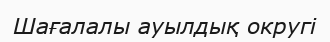
Шағалалы ауылдық округi